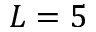
L = 5